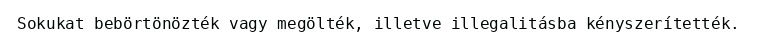
Sokukat bebörtönözték vagy megölték, illetve illegalitásba kényszerítették.